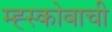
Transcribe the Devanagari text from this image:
म्ह्स्कोबाची